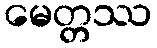
မေတ္တဿ